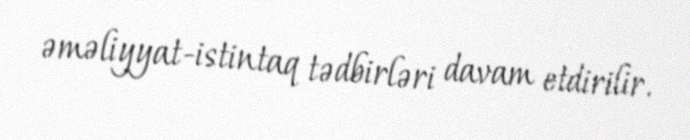
əməliyyat-istintaq tədbirləri davam etdirilir.